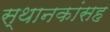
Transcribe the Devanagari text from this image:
स्थानकांसह